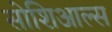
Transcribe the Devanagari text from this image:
सोशिआल्स